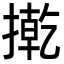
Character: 㨴